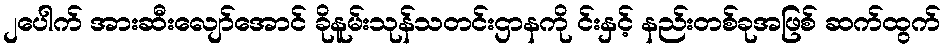
၂ပေါက် အားဆီးလျော်အောင် ခိုနူမ်းသုန်သတင်းဌာနကို င်းနှင့် နည်းတစ်ခုအဖြစ် ဆက်ထွက်